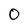
Character: O